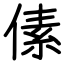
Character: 傃